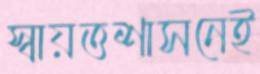
স্বায়ত্তশাসনেই